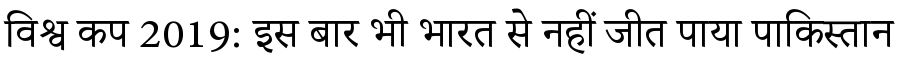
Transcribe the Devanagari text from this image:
विश्व कप 2019: इस बार भी भारत से नहीं जीत पाया पाकिस्तान